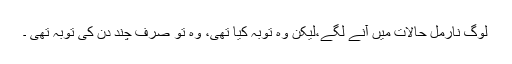
لوگ نارمل حالات میں آنے لگے،لیکن وہ توبہ کیا تھی، وہ تو صرف چند دن کی توبہ تھی ۔